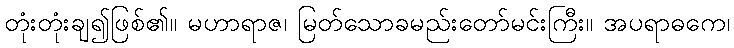
တုံးတုံးချ၍ဖြစ်၏။ မဟာရာဇ၊ မြတ်သောခမည်းတော်မင်းကြီး။ အပရာဓကေ၊